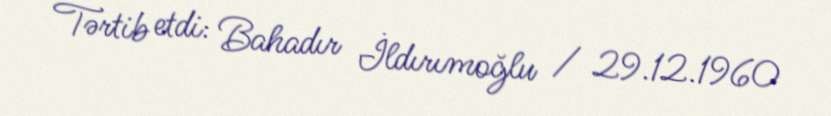
Tərtib etdi: Bahadır İldırımoğlu / 29.12.1960